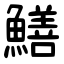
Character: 鱔